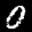
Label: 0